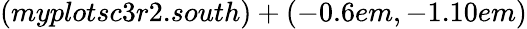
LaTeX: (myplotsc3r2.south)+(-0.6em,-1.10em)